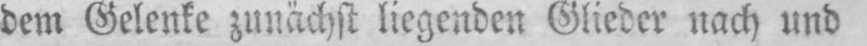
dem Gelenke zunächst liegenden Glieder nach und